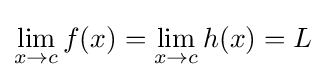
\lim _{x\to c}f(x)=\lim _{x\to c}h(x)=L